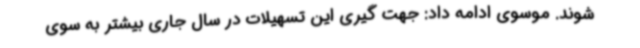
شوند. موسوی ادامه داد: جهت گیری این تسهیلات در سال جاری بیشتر به سوی